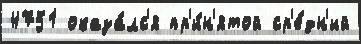
4751 оказа́лс'я пр'и́н'ятой ср'е́дн'ий